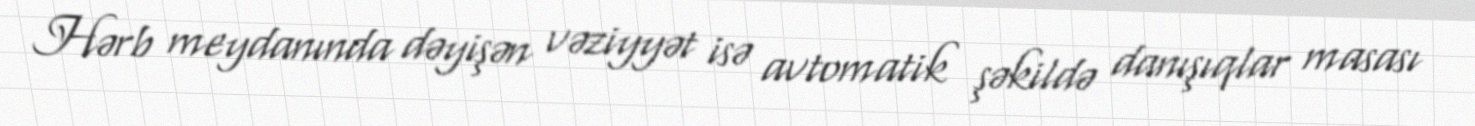
Hərb meydanında dəyişən vəziyyət isə avtomatik şəkildə danışıqlar masası